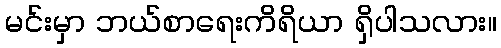
မင်းမှာ ဘယ်စာရေးကိရိယာ ရှိပါသလား။